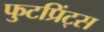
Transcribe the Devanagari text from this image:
फुटप्रिंट्स